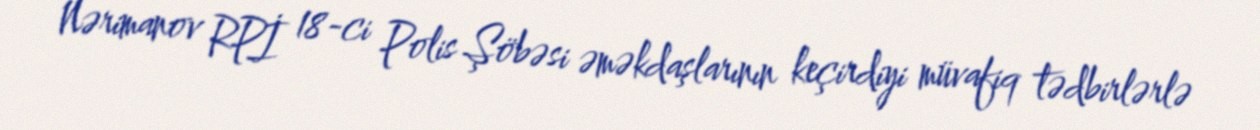
Nərimanov RPİ 18-ci Polis Şöbəsi əməkdaşlarının keçirdiyi müvafiq tədbirlərlə